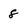
Character: 8